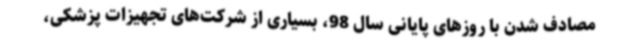
مصادف شدن با روزهای پایانی سال 98، بسیاری از شرکت‌های تجهیزات پزشکی،